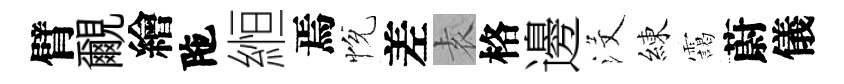
臂覼繪陁縆焉恱差𡊮格邊沒練靄蔚儀